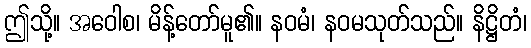
ဤသို့။ အဝေါစ၊ မိန့်တော်မူ၏။ နဝမံ၊ နဝမသုတ်သည်။ နိဋ္ဌိတံ၊